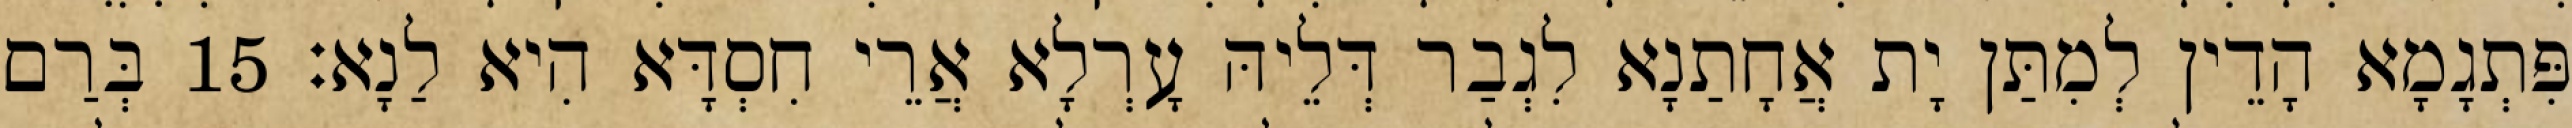
פִּתְגָמָא הָדֵין לְמִתַּן יָת אֲחָתַנָא לִגְבַר דְּלֵיהּ עָרְלָא אֲרֵי חִסְדָּא הִיא לַנָא׃ 15 בְּרַם